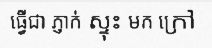
ធ្វើជា ភ្ញាក់ ស្ទុះ មក ក្រៅ